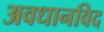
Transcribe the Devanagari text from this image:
अवधानविद